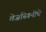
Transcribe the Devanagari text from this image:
तेजस्विनीचे